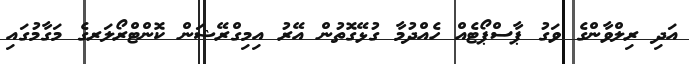
އަދި ރިލްވާންގެ ވަގު ޕާސްޕޯޓެއް ހެއްދުމާ ގުޅޭގޮތުން އޭރު އިމިގްރޭޝަން ކޮންޓްރޯލަރގެ މަގާމުގައި